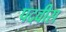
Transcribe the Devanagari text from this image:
पदवीस